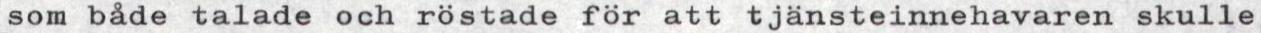
som både talade och röstade för att tjänsteinnehavaren skulle